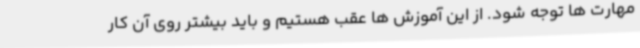
مهارت ها توجه شود. از این آموزش ها عقب هستیم و باید بیشتر روی آن کار